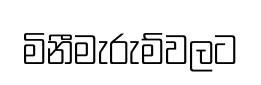
මිනීමැරුම්වලට